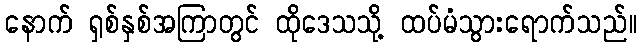
နောက် ရှစ်နှစ်အကြာတွင် ထိုဒေသသို့ ထပ်မံသွားရောက်သည်။